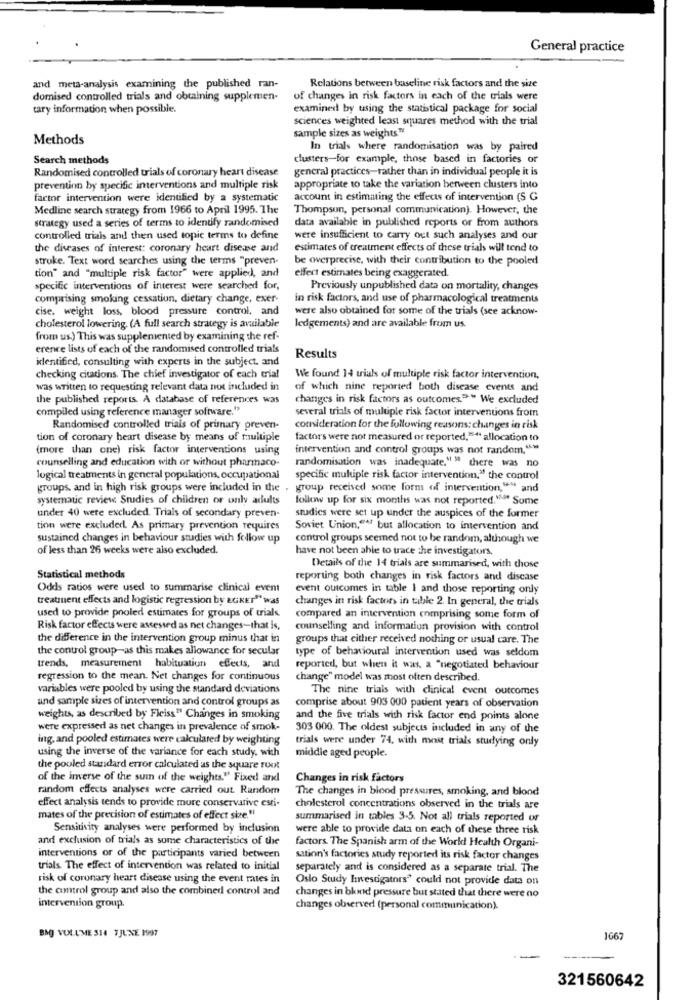
General practice
Relations between baseline risk factors and the size
and meta-analysis examining the published ran-
domised controlled trials and obtaining supplemen-
of changes in risk factors in each of the trials were
tary information when possible.
examined by using the statistical package for social
sciences weighted least squares method with the trial
sample sizes as weights."
Methods
In trials where randomisation was by paired
Search methods
clusters-for example, those based in factories or
Randomised controlled trials of coronary heart disease
general practices-rather than in individual people it is
prevention by specific interventions and multiple risk
appropriate to take the variation berween clusters into
factor intervention were identified by a systematic
account in estimating the effects of intervention (S G
Medline search strategy from 1966 to April 1995. The
Thompson, personal communication). However, the
strategy used a series of terms to identify randomised
data available in published reports or from authors
controlled trials and then used topic terms to define
were insufficient to carry out such analyses and our
the diseases of interest: coronary heart disease and
estimates of treatment effects of these trials will tend to
stroke. Text word searches using the terms "preven-
be overprecise, with their contribution to the pooled
tion" and "multiple risk factor" were applied, and
effect estimates being exaggerated.
specific interventions of interest were searched for,
Previously unpublished data on mortality, changes
comprising smoking cessation, dietary change, exer-
in risk factors, and use of pharmacological treatments
cise. weight loss, blood pressure control, and
were also obtained for some of the trials (see acknow-
cholesterol lowering. (A full search strategy is available
ledgements) and are available from us.
from us.) This was supplemented by examining the ref-
erence lists of each of the randomised controlled trials
identified, consulting with experts in the subject. and
Results
checking citations. The chief investigator of each trial
We found 14 trials of multiple risk factor intervention,
was written to requesting relevant data not included in
of which nine reported both disease events and
the published reports. A database of references was
changes in risk factors as outcomes.">" We excluded
compiled using reference manager software."
several trials of multiple risk factor interventions from
Randomised controlled trials of primary preven-
consideration for the following reasons: changes in risk
tion of coronary heart disease by means of multiple
factors were not measured or reported," ** allocation to
(more than one) risk factor interventions using
intervention and control groups was not random, ">
counselling and education with or without pharmaco-
randomisation was inadequate." " there was no
logical treatments in general populations, occupational
specific multiple risk factor intervention," the control
groups, and in high risk groups were included in the . group received some form of intervention,"" and
systematic review Studies of children or only adults
follow up for six months was not reported."" Some
under 40 were excluded. Trials of secondary preven-
studies were set up under the auspices of the former
tion were excluded As primary prevention requires
Soviet Union,"" but allocation to intervention and
sustained changes in behaviour studies with follow up
control groups seemed not to be random, although we
of less than 26 weeks were also excluded.
have not been able to trace the investigators,
Details of the 14 trials are summarised, with chose
Statistical methods
reporting both changes in risk factors and disease
Odds ratios were used to summarise clinical even
event outcomes in table I and those reporting only
treatment effects and logistic regression by EGNET" was
changes in risk factors in table 2. In general, the trials
used to provide pooled estimates for groups of trials.
compared an intervention comprising some form of
Risk factor effects were assessed as net changes-that is,
counselling and information provision with control
the difference in the intervention group minus that in
groups that either received nothing or usual care. The
the control group-as this makes allowance for secular
type of behavioural intervention used was seldom
trends, measurement habituation effects, and
reported, but when it was, a "negotiated behaviour
regression to the mean. Net changes for continuous
change" model was most often described.
variables were pooled by using the standard deviations
The nine trials with clinical event outcomes
and sample sizes of intervention and control groups as
comprise about 903 000 patient years of observation
weights, as described by Fleiss" Changes in smoking
and the five trials with risk factor end points alone
were expressed as net changes in prevalence of smok-
303 000. The oldest subjects included in any of the
ing. and pooled estimates were calculated by weighting
trials were under 74, with most trials studying only
using the inverse of the variance for each study. wich
middle aged people.
the pooled standard error calculated as the square root
of the imerse of the sum of the weights." Fixed and
Changes in risk factors
random effects analyses were carried out. Random
The changes in blood pressures, smoking, and blood
effect analysis tends to provide more conservative esti-
cholesterol concentrations observed in the trials are
mates of the precision of estimates of effect size."
summarised in tables 3-5. Not all trials reported or
Sensitivity analyses were performed by inclusion
were able to provide data on each of these three risk
and exclusion of trials as some characteristics of the
factors. The Spanish arm of the World Health Organi-
interventions or of the participants varied between
sation's factories study reported its risk factor changes
trials. The effect of intervention was related to initial
separately and is considered as a separate trial. The
risk of coronary heart disease using the event mates in
Oslo Study Investigators" could not provide data on
the control group and also the combined control and
changes in blood pressure but stated that there were no
intervention group.
changes observed (personal communication).
BAG VOLUME 314 7JUNE 1997
1667
321560642